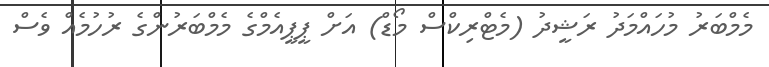
މެމްބަރު މުހައްމަދު ރަޝީދު (މެޓްރިކްސް މޯޑް) އަށް ޕީޕީއެމްގެ މެމްބަރުންގެ ރުހުމެއް ވެސް